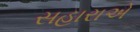
સહારાએ